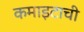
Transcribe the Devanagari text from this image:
कमाइटाची